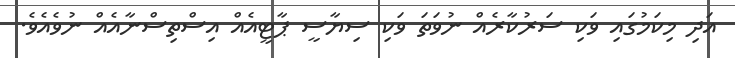
އަދި މިކަމުގައި ވަކި ސަރުކާރެއް ނުވަތަ ވަކި ސިޔާސީ ޕާޓީއެއް އިސްތިސްނާއެއް ނުވެއެވެ.